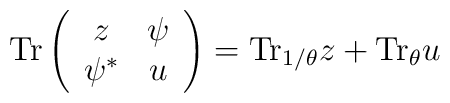
{\rm Tr} \left( \begin{array}{cc}z & \psi \\\psi^{*} & u \end{array} \right)  = {\rm Tr}_{1/\theta} z + {\rm Tr}_{\theta} u